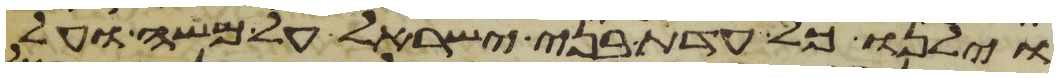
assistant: וילנו כל עדת בני ישראל על משה ועל